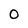
Character: 0